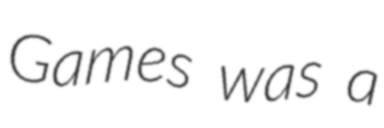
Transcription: Games was a